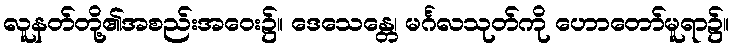
လူနတ်တို့၏အစည်းအဝေး၌။ ဒေသေန္တေ၊ မင်္ဂလသုတ်ကို ဟောတော်မူရာ၌။